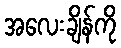
အလေးချိန်ကို